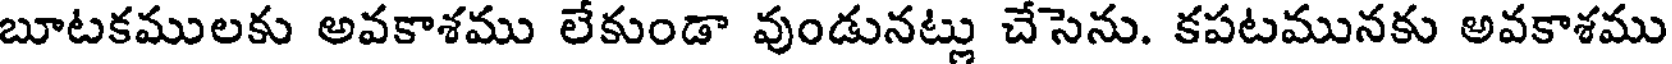
బూటకములకు అవకాశము లేకుండా వుండునట్లు చేసెను. కపటమునకు అవకాశము